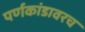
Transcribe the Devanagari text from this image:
पर्णकांडावरच